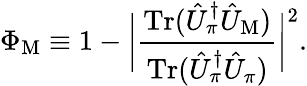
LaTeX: \Phi_{\mathrm{M}}\equiv 1-\bigg|\frac{\mathrm{Tr}(\hat{U}_{\pi}^{\dagger}\hat{U}_{\mathrm{M}})}{\mathrm{Tr}(\hat{U}_{\pi}^{\dagger}\hat{U}_{\pi})}\bigg|^{2}.